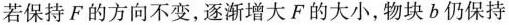
若保持F的方向不变，逐渐增大F的大小，物块b仍保持